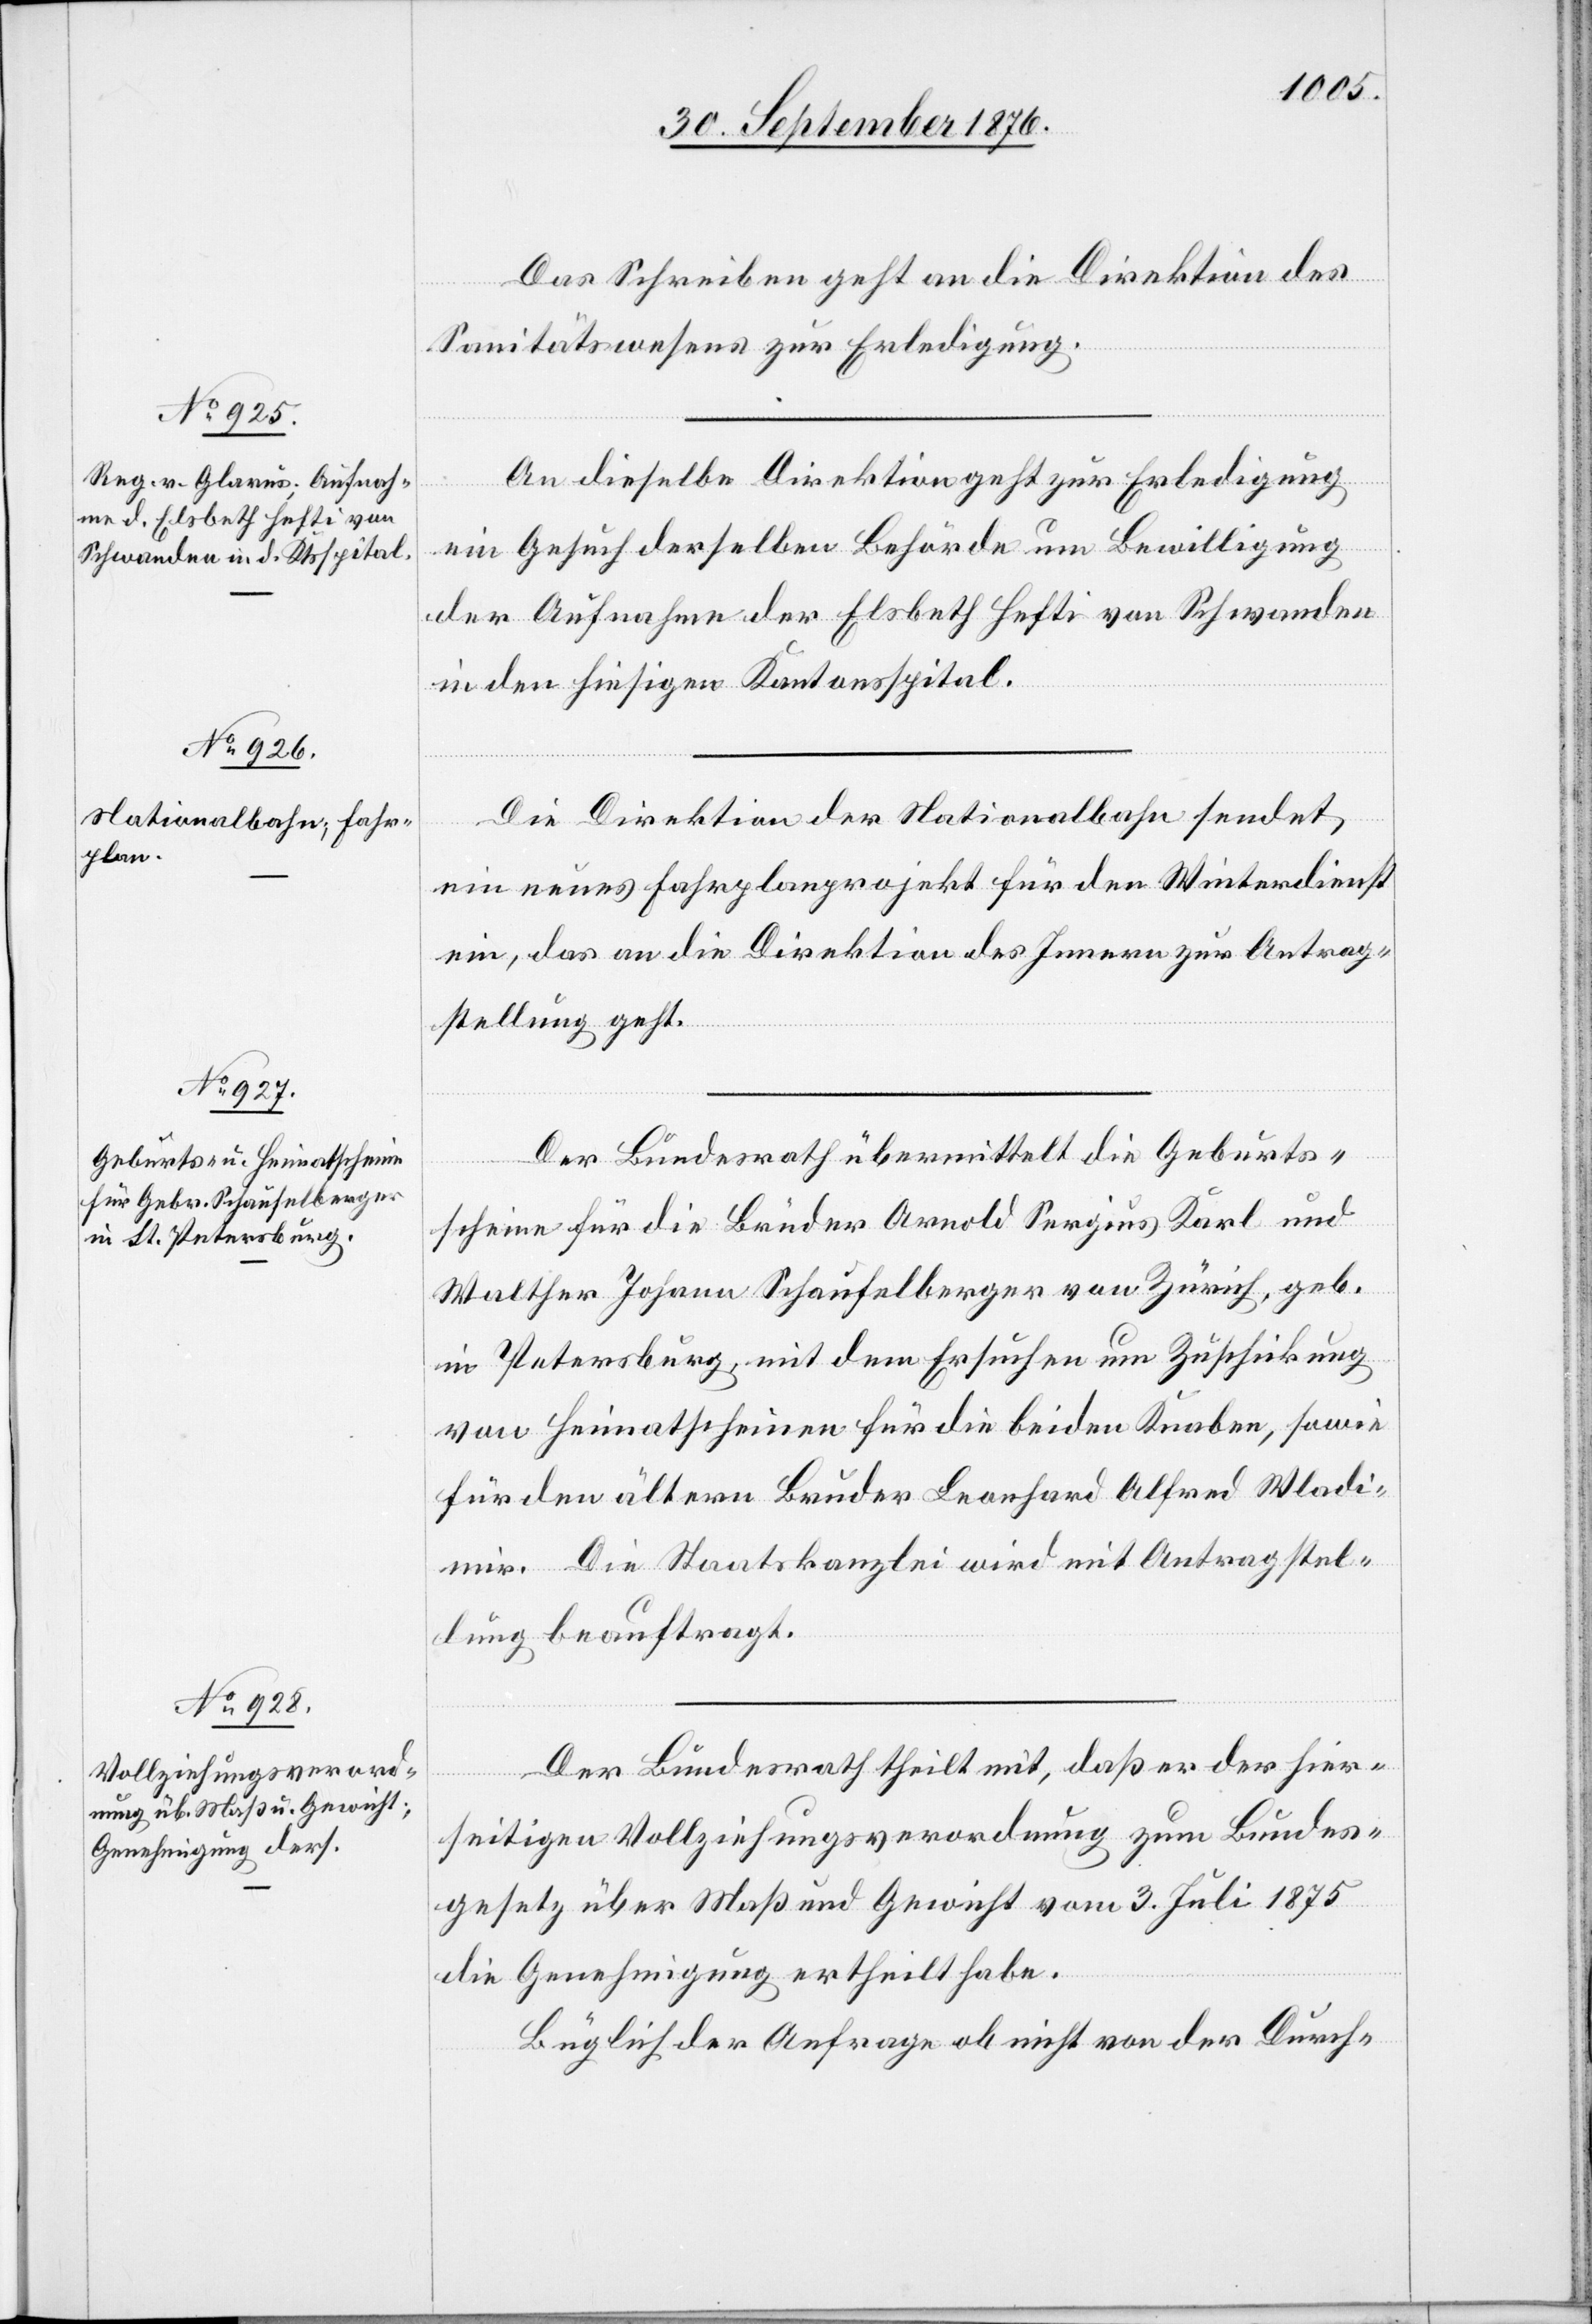
Das Schreiben geht an die Direktion des
2.
Sanitätswesens zur Erledigung.
An dieselbe Direktion geht zur Erledigung
ein Gesuch derselben Behörde um Bewilligung
der Aufnahme der Elsbeth Hefti von Schwanden
in den hiesigen Kantonsspital.
Die Direktion der Nationalbahn sendet
ein neues Fahrplanprojekt für den Winterdienst
ein, das an die Direktion des Innern zur Antrag¬
stellung geht.
Der Bundesrath übermittelt die Geburts¬
scheine für die Brüder Arnold Sergius Karl und
Walther Johann Schaufelberger von Zürich, geb.
in Petersburg, mit dem Ersuchen um Zuschickung
von Heimatsscheinen für die beiden Knaben, sowie
für den ältern Bruder Leonhard Alfred Wladi¬
mir. Die Staatskanzlei wird mit Antragstel¬
lung beauftragt.
Der Bundesrath theilt mit, daß er der hier¬
seitigen Vollziehungsverordnung zum Bundes¬
gesetz über Maß und Gewicht vom 3. Juli 1875
die Genehmigung ertheilt habe.
[sic!] der Anfrage ob nicht von der Durch-